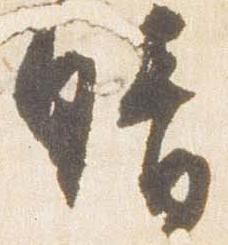
晴